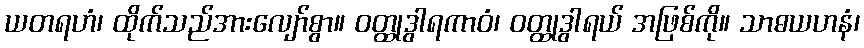
ယတရဟံ၊ ထိုက်သည်အားလျော်စွာ။ ဝတ္ထုဒွါရကာဝံ၊ ဝတ္ထုဒွါရယ် အဖြစ်ကို။ သာဓယဟနံ၊